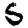
Digit: 5